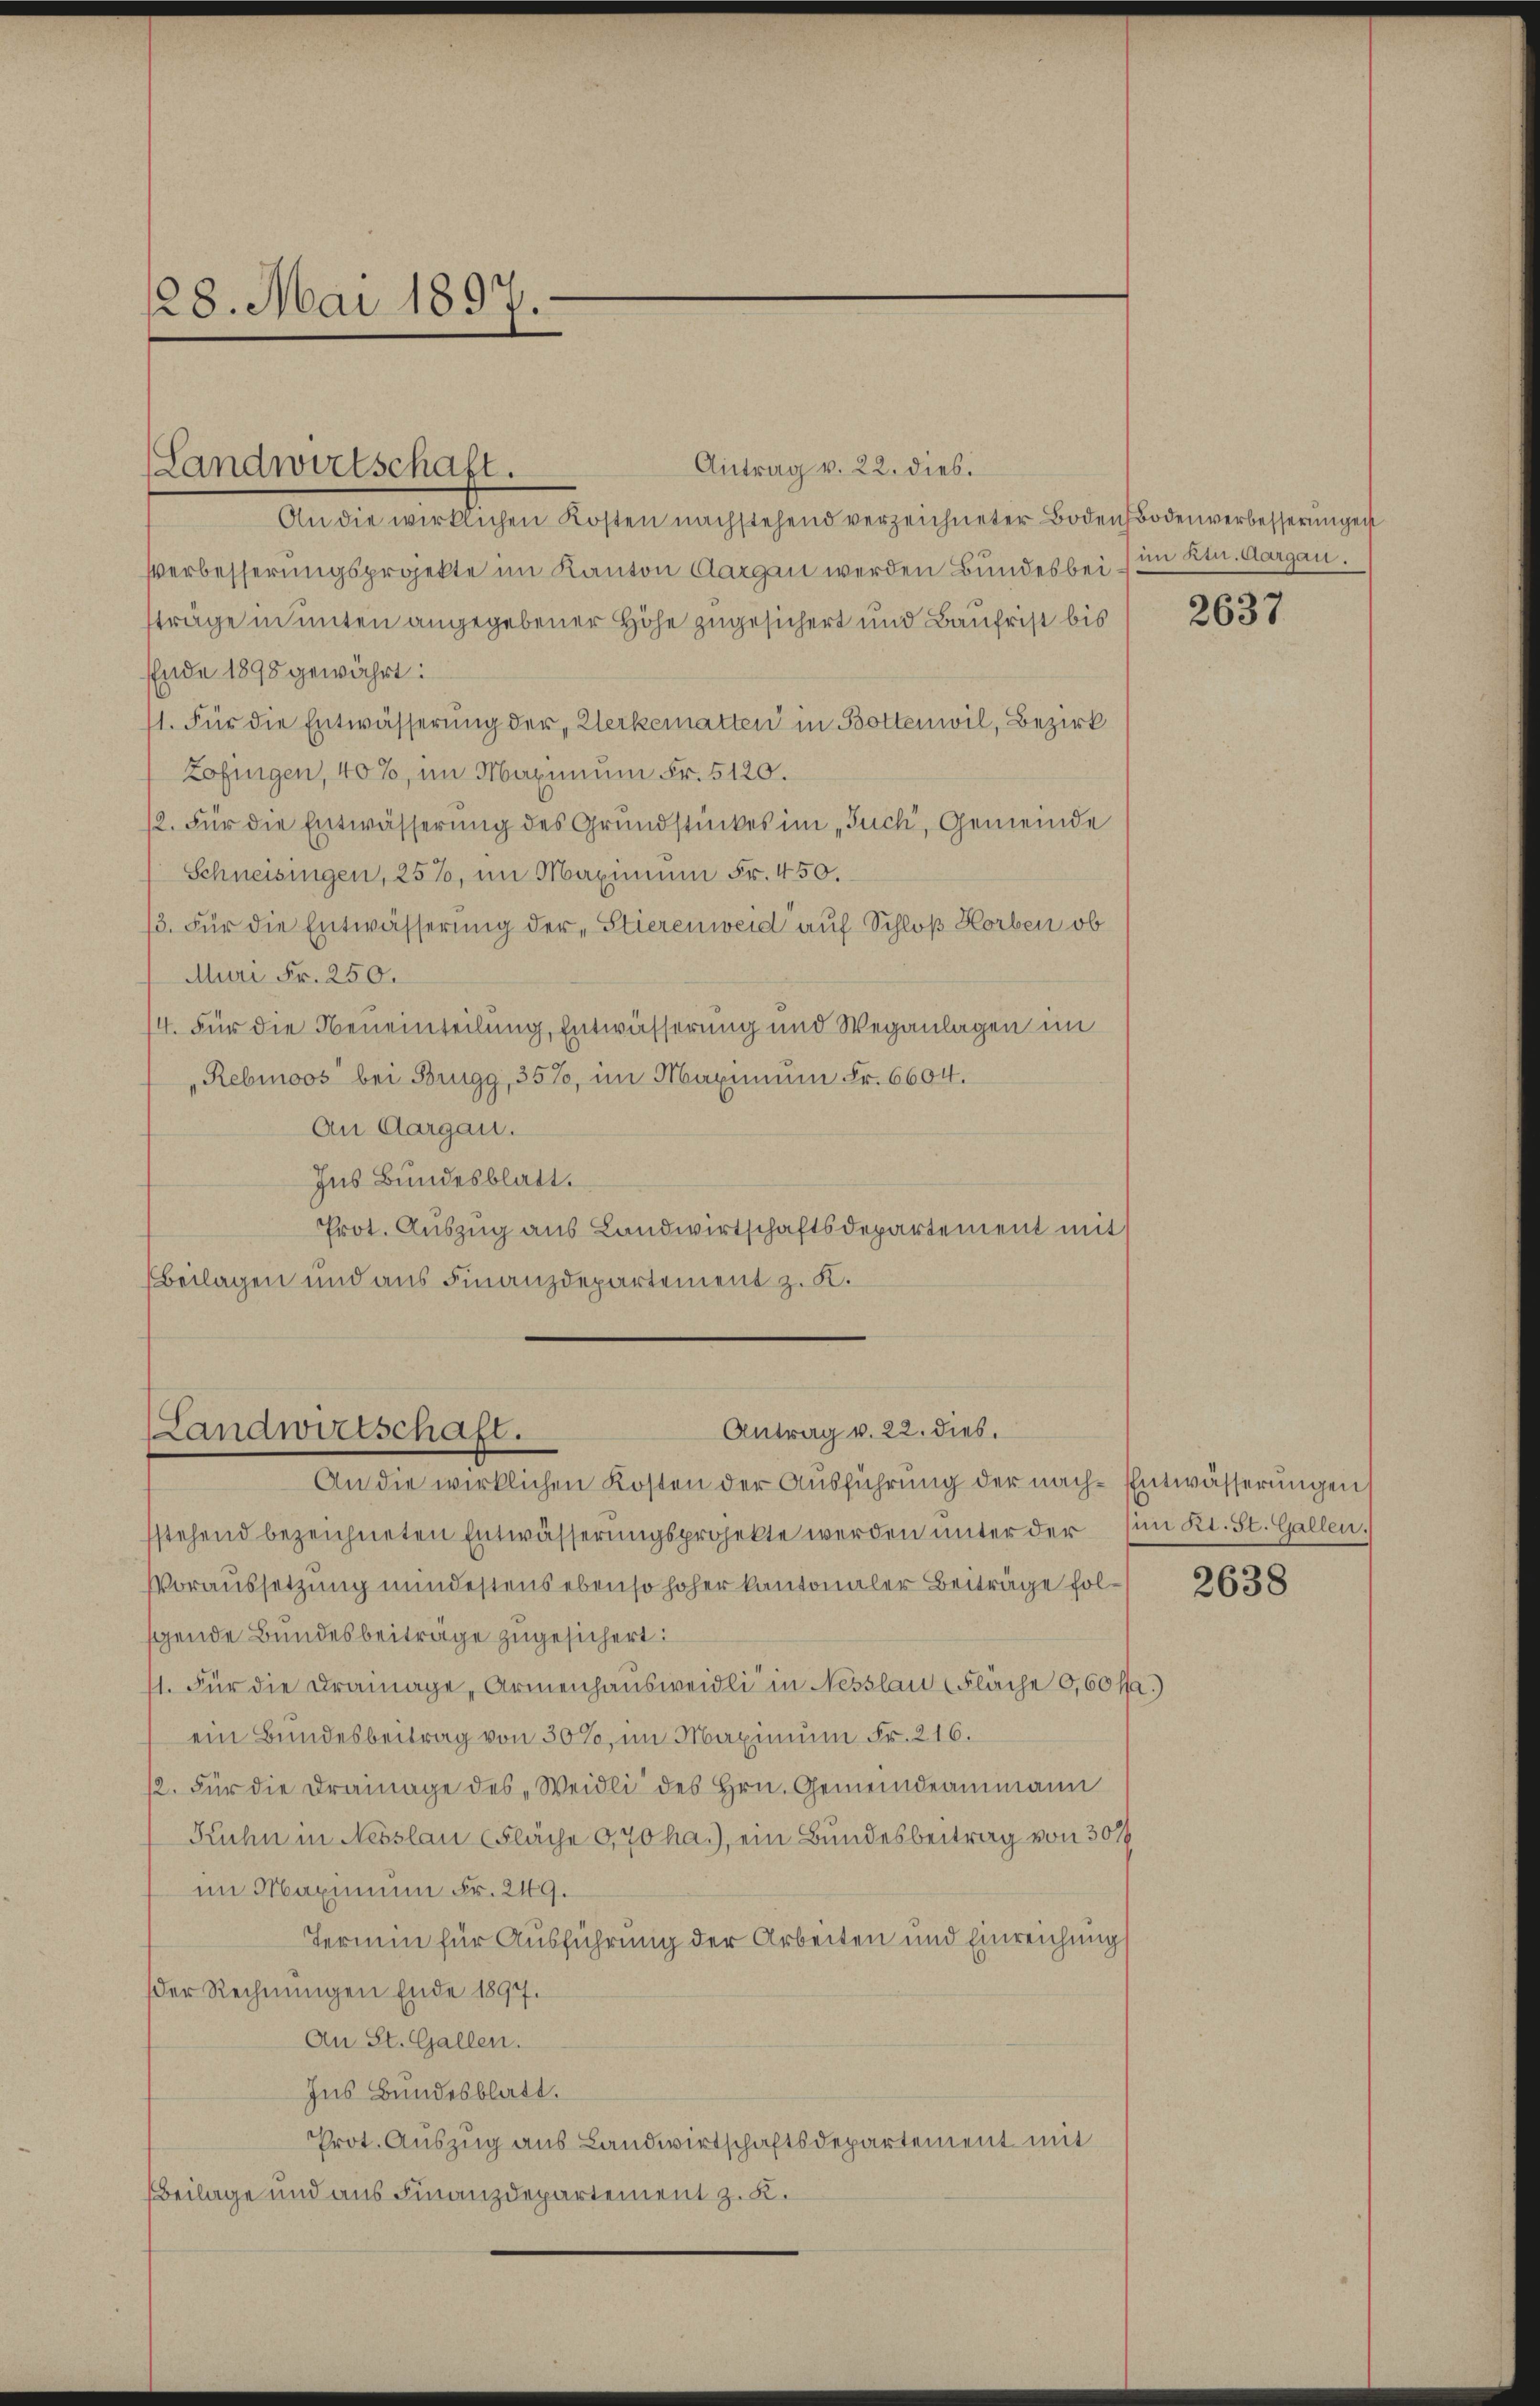
128. Mai 1897.

Antrag v. 22. dies.
An die wirklichen Kosten nachstehend verzeichneter Bodenbodenverbesserungen
Verbesserungsprojekte im Kanton Aargau werden Bundes bei im Kt. Aargau.
sträge in unten angegebener Höhe zugesichert und Baufrist bis
Ende 1898 gewährt:
1. Für die Entwässerung der, Kerkematten in Bottenwil, Bezirk
Zofingen, 40%, im Maximum Fr. 5120.
12. Für die Entwässerung des Grundstückes im „Tuch, Gemeinde
Schneisingen, 25%, im Maximum Fr. 450.
3. Für die Entwässerung der „Stierenweid auf Schloß Horben ob
Muri Fr. 250.
14. Für die Neneinteilung, Entwässerung und Weganlagen im
„Rebinoos bei Brugg, 357, im Maximum Fr. 6604.
An Aargau.
Ins Bundesblatt.
Prot. Auszug aus Landwirtschaftsdepartement mit
Beilagen und aus Finanzdepartement z. K.

(Landwirtschaft.

Antrag v. 22. dies.
(Landwirtschaft.
An die wirklichen Kosten der Ausführung der nach-Entwässerungen

stehend bezeichneten Entwässerungsprojekte werden unter der (im Kt. St. Gallen.
Voraussetzung mindestens ebenso hoher kantonaler Beiträge folgende Bundesbeiträge zugesichert:
11. Für die Drainage, Armenhaŭsweidli in Nesslau (Fläche 0,60 Ma
ein Bundesbeitrag von 30%, im Maximum Fr. 216.
12. Für die Drainage des „Weidli des Hrn. Gemeindeammann
Kuhn in Nesslau (Fläche 0,70 ha.), ein Bundesbeitrag von 30 f
im Maximum Fr. 249.
Termin für Ausführung der Arbeiten und Einreichung
der Rechnungen Ende 1897.
An St. Gallen.
Ins Bundesblatt.
Prot. Auszug aus Landwirtschaftsdepartement mit
Beilage und aus Finanzdepartement z. K.

2637

2638